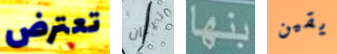
تعترض تيتان بنها يقين